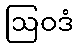
ဩဝဒံ